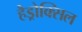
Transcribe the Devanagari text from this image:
हैड्रोक्सिल